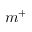
m ^ { + }